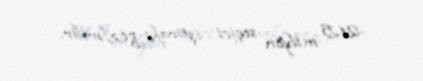
21,5 milyon seçici iştirakı gözlənilir.